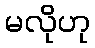
မလိုဟု